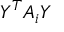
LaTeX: Y ^ { T } A _ { i } Y